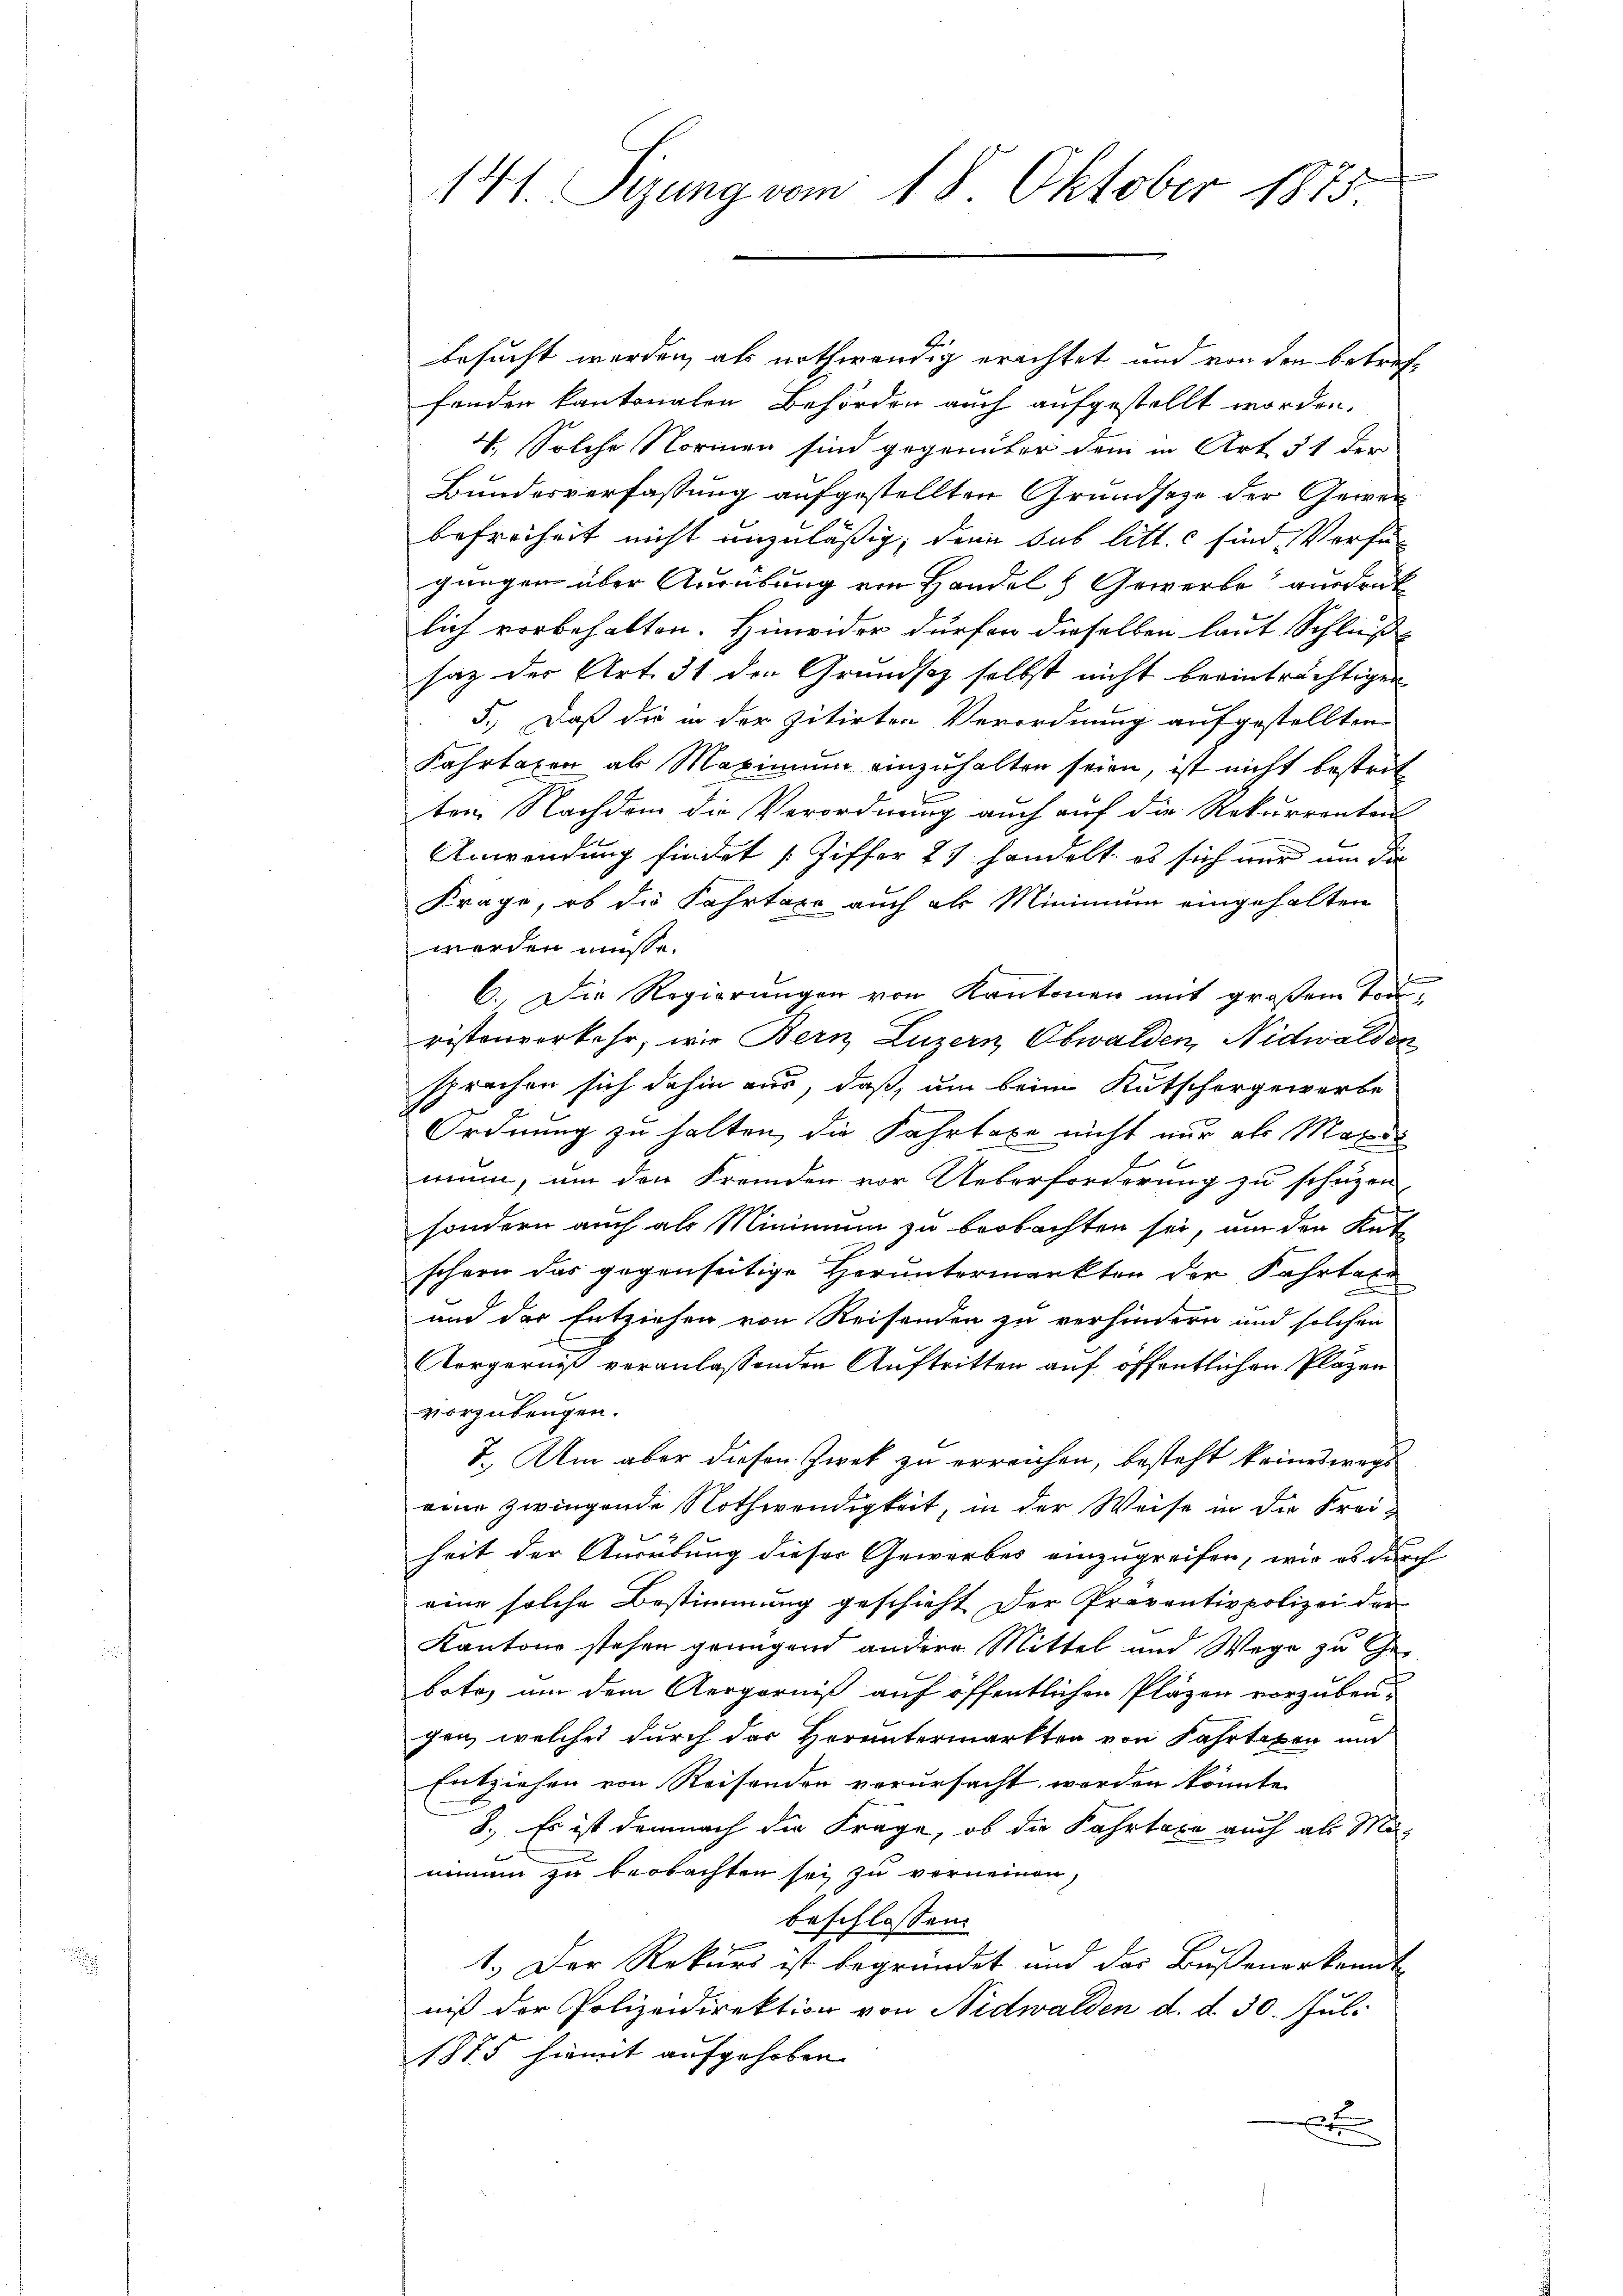
141. Sizung vom 18. Oktober 1875

besucht werden, als nothwendig erachtet und von den betreff
fenden kantonalen Behörden auch aufgestellt worden,
V. Solche Normen sind gegenüber dem in Art. § 1 der
Bundesverfassung aufgestellten Grundsaze der Gewerbefreiheit nicht unzuläßig, denn sub litt. c sind, Verfügungen über Ausübung von Handel, Gewerbe ausdruck
lich vorbehalten. Hinwider dürfen dieselben laut Schluß
saz der Art. 31 den Grundsaz selbst nicht beeinträchtigen
5.) Daß die in der zitirten Verordnung aufgestellten
Fahrtaxen ab Maximum einzuhalten seien, ist nicht bestrit
ten Nachdem die Verordnung auch auf die Rekurrentei
Anwendung findet (Ziffer 27 handelt es sich nur um die
Frage, ob die Fahrtaxe auch als Minimum eingehalten
werden müsse.
6.) Die Regierungen von Kantonen mit großem Todristenverkehr, wie Bern, Luzern Obwalden, Nidwalden
sprechen sich dahin aus, daß, um beim Kutschergewerbe
Ordnung zu halten, die Fahrtaxe nicht nur als Maxi
mun, um der Fremden vor Ueberforderung zu schützen,
sondern auch als Minimum zu beobachten sei, um den Kat
schern das gegenseitige Heruntermarkten der Fahrtaxe
und der Entziehen von Reisenden zu verhindern und solchen
Aorgerniß veranlassenden Auftritten auf öffentlichen Plätzen
vorzubeugen.
I. Um aber diesen Zwek zu erreichen, besteht keineswegs
eine zwingende Nothwendigkeit, in der Weise in die Frei-
heit der Ausübung dieser Gewerbes einzugreifen, wie es durch
eine solche Bestimmung geschieht der Proventivpolizei der
Kantons stehen genügend andere Mittel und Wege zu Ge-
bote, um dem Aergerniß auf öffentlichen Plazen vorzubeugen, welches durch das Heruntermarkten von Fahrtaxen und
Entziehen von Reisenden verursacht werden könnte.
8.) Es ist demnach die Frage, ob die Fahrtaxe auch als Mo-
nimum zu beobachten sei zu verneinen,
beschlossen:
1.) Der Rekurs ist begründet und das Bußenerkannt
niß der Polizeidirektion von Nidwalden d. d. 30. Jul.
1875 hiemit aufgehoben.
x